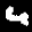
Label: 4